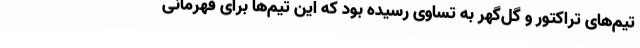
تیم‌های تراکتور و گل‌گهر به تساوی رسیده بود که این تیم‌ها برای قهرمانی